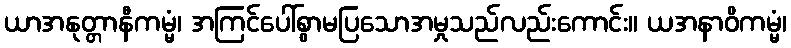
ယာအနုတ္တာနီကမ္မံ၊ အကြင်ပေါ်စွာမပြသောအမှုသည်လည်းကောင်း။ ယအနာဝိကမ္မံ၊